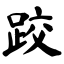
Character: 跤